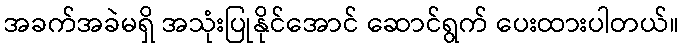
အခက်အခဲမရှိ အသုံးပြုနိုင်အောင် ဆောင်ရွက် ပေးထားပါတယ်။